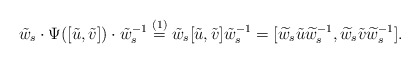
\begin{align*} \tilde{w}_s\cdot \Psi([\tilde{u},\tilde{v}])\cdot \tilde{w}_s^{-1}&\overset{(1)}{=}\tilde{w}_s[\tilde{u},\tilde{v}]\tilde{w}_s^{-1}=[\widetilde w_s\tilde{u}\widetilde w_s^{-1}, \widetilde w_s \tilde{v}\widetilde w_s^{-1}].\end{align*}